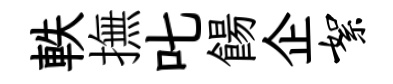
軼撫叱餳企絮